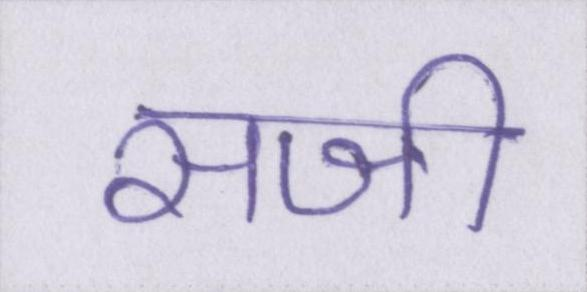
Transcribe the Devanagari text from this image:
सजी